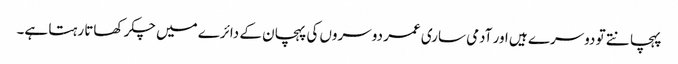
پہچانتے تو دوسرے ہیں اور آدمی ساری عمر دوسروں کی پہچان کے دائرے میں چکر کھاتا رہتا ہے۔